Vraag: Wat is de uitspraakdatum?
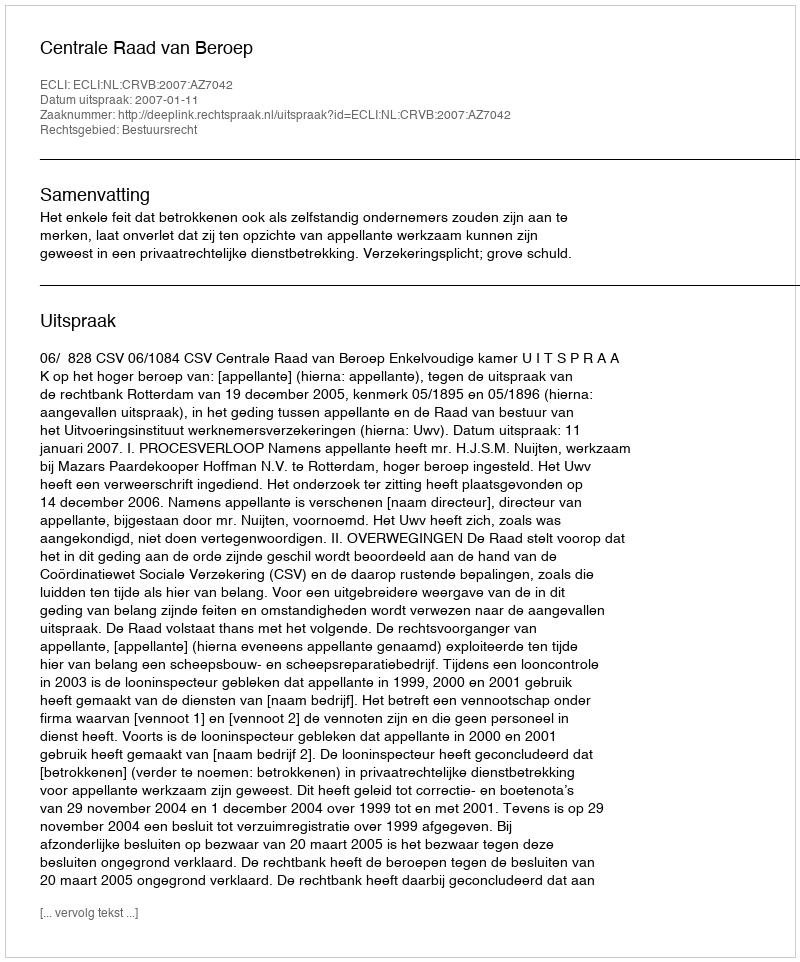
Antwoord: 2007-01-11